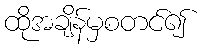
ထိုအချိန်မှစတင်၍